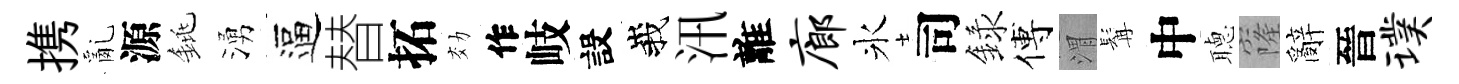
携亂源銚湧逼替拓効作岐設峩汛離廊氷司録傅渭髯中𦗟窿辭晉璞